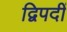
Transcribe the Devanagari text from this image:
द्विपदीं